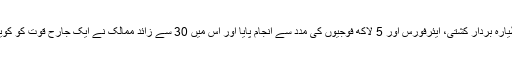
ڈیزرٹ اسٹارم امریکہ کی کمان میں طیارہ بردار کشتی، ایئرفورس اور 5 لاکھ فوجیوں کی مدد سے انجام پایا اور اس میں 30 سے زائد ممالک نے ایک جارح قوت کو کویت سے نکال باہر کرنے کا فیصلہ کیا۔